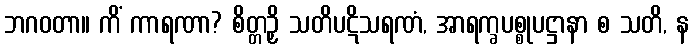
ဘဂဝတာ။ ကိံ ကာရဏာ? စိတ္တဉှိ သတိပဋိသရဏံ, အာရက္ခပစ္စုပဋ္ဌာနာ စ သတိ, န